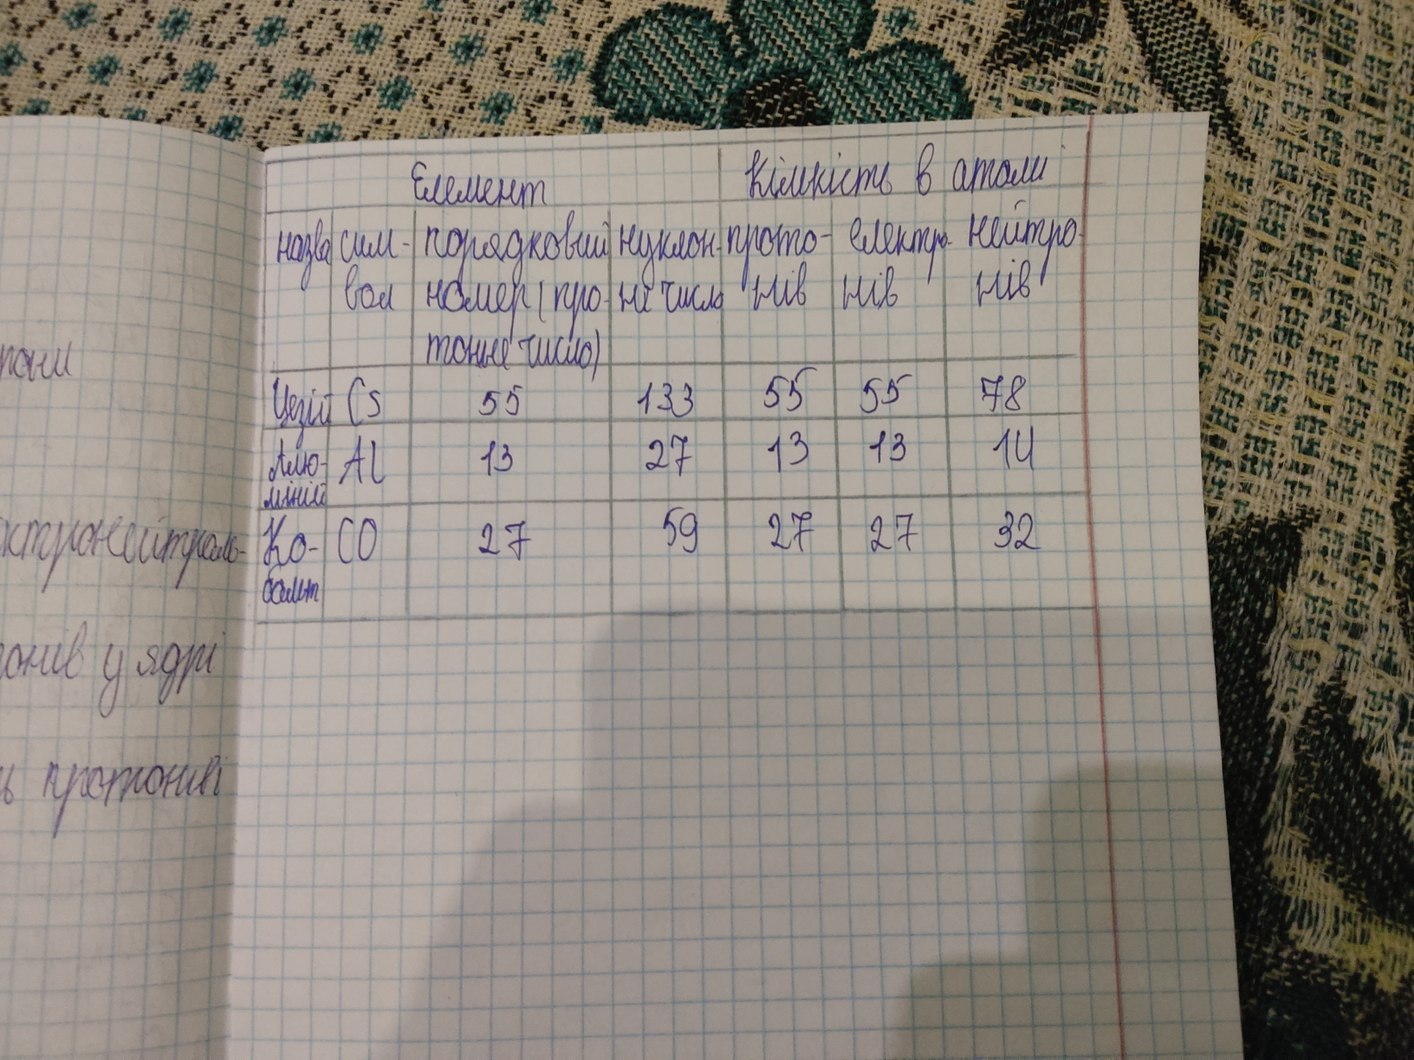
Елемент | Кількість в атомі | назва | символ | порядковий номер (протонне число) |нуклонне число | протонів | електронів | нейтронів |
Цезій | Cs | 55 | 133 | 55 | 55 | 78 |
Алюміній | Al | 13 | 27 | 13 | 13 | 14 |
Кобальт | CO | 27 | 59 | 27 | 27 | 32